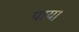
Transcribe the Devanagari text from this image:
पाय।